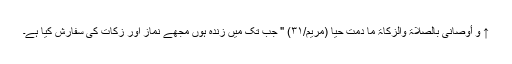
↑ و َأَوْصَانِی بِالصَّلَاۃ وَالزَّکَاۃ مَا دُمْتُ حَیا (مریم/۳۱) " جب تک میں زندہ ہوں مجھے نماز اور زکات کی سفارش کیا ہے۔